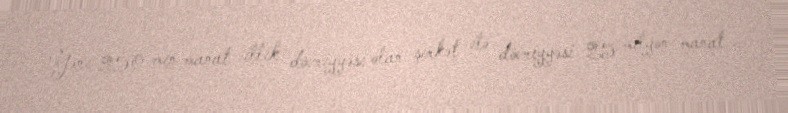
Yəni 250 min manat illik dövriyyəsi olan şirkət ilə dövriyyəsi 25 milyon manat